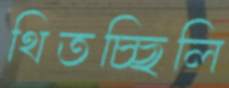
থিতচ্ছিলি